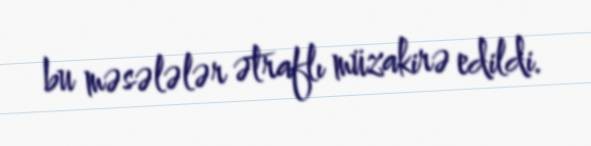
bu məsələlər ətraflı müzakirə edildi.